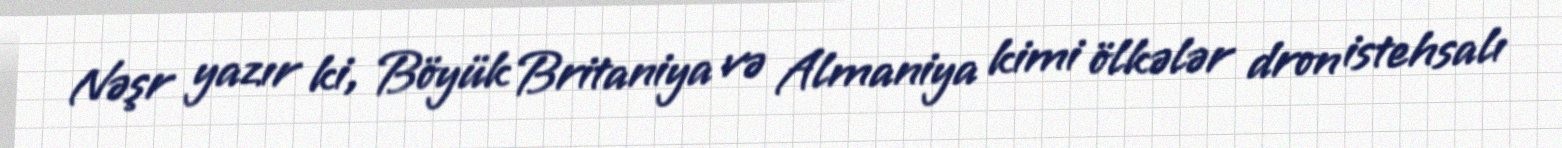
Nəşr yazır ki, Böyük Britaniya və Almaniya kimi ölkələr dron istehsalı